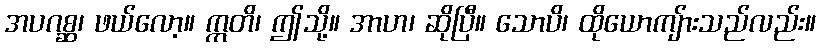
အပဂစ္ဆ၊ ဖယ်လော့။ ဣတိ၊ ဤသို့။ အာဟ၊ ဆိုပြီ။ သောပိ၊ ထိုယောကျ်ားသည်လည်း။